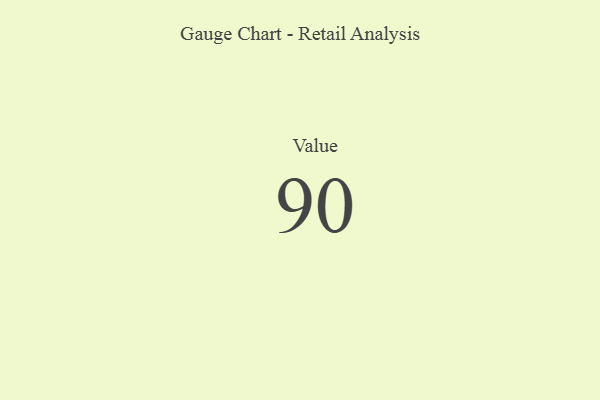
{"axis": {"x": "Metric", "y": "Value"}, "legend": [""], "data": [{"x": "Value", "y": 90, "type": ""}]}